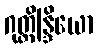
ဂုတ္တိန္ဒြိယော